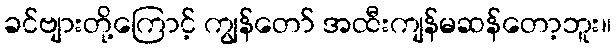
ခင်ဗျားတို့ကြောင့် ကျွန်တော် အထီးကျန်မဆန်တော့ဘူး။